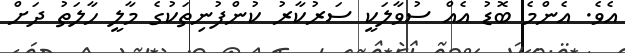
އެވެ. އެންމެ ބޮޑު އެއް ސުވާލަކީ ސަރުކާރު ކުންފުނިތަކުގެ މާލީ ހާލަތު ދަށް